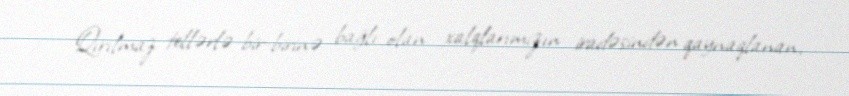
Qırılmaz tellərlə bir-birinə bağlı olan xalqlarımızın iradəsindən qaynaqlanan,